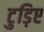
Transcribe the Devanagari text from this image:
टुड़िए